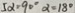
5 \alpha = 9 0 ^ { \circ } \alpha = 1 8 0 ^ { \circ }